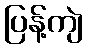
ပြန့်ကျဲ